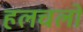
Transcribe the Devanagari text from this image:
हलचलो